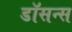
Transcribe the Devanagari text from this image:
डॉसन्स